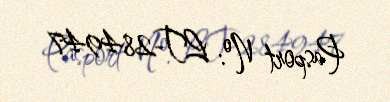
Pasport №: LT-284947